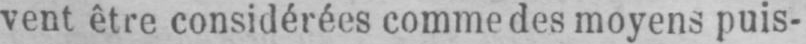
vent être considérées comme des moyens puis-